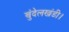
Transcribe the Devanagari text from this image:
बुंदेलखंडी।